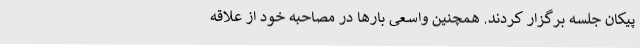
پیکان جلسه برگزار کردند. همچنین واسعی بارها در مصاحبه خود از علاقه